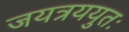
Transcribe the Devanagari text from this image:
जयत्रययुतः